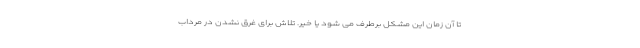
تا آن زمان این مشکل برطرف می شود یا خیر. تلاش برای غرق نشدن در مرداب